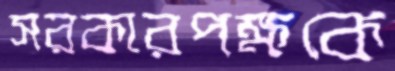
সরকারপক্ষকে